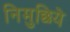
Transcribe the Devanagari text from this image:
निमुछिये